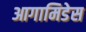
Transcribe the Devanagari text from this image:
आगामिडेस